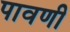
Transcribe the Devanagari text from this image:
पावणी